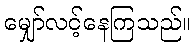
မျှော်လင့်နေကြသည်။